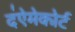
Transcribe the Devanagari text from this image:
द॑ऐमेकोर्ट